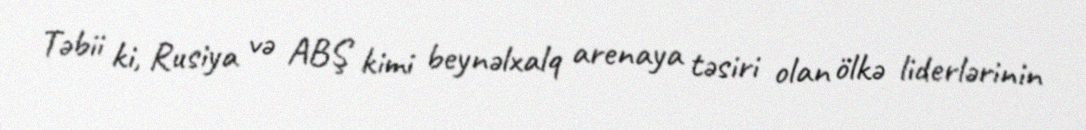
Təbii ki, Rusiya və ABŞ kimi beynəlxalq arenaya təsiri olan ölkə liderlərinin